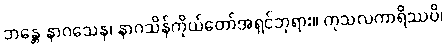
ဘန္တေ နာဂသေန၊ နာဂသိန်ကိုယ်တော်အရှင်ဘုရား။ ကုသလကာရိဿပိ၊